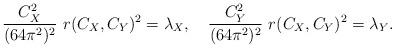
LaTeX: \begin{align*}{{C_X^2} \over {(64 \pi^2)^2}} \ r(C_X,C_Y)^2 = \lambda_X,\quad {{C_Y^2} \over {(64 \pi^2)^2}} \ r(C_X,C_Y)^2 = \lambda_Y.\end{align*}